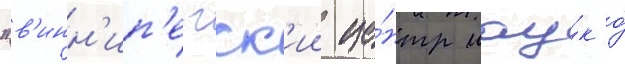
"в'инн'ип'егск'ии це́нтр нау́к о́